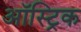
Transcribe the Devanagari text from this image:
ऑस्ट्रिक